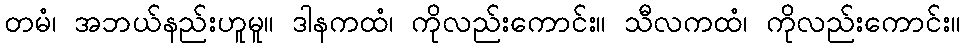
တမံ၊ အဘယ်နည်းဟူမူ။ ဒါနကထံ၊ ကိုလည်းကောင်း။ သီလကထံ၊ ကိုလည်းကောင်း။